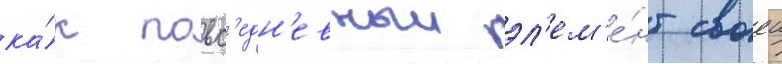
ка́к повс'едн'евныи эл'ем'е́нт своеи